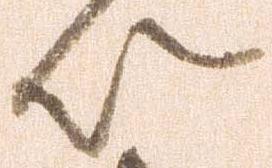
以